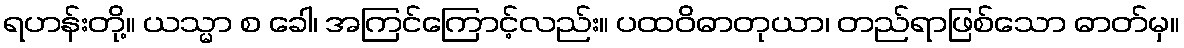
ရဟန်းတို့။ ယသ္မာ စ ခေါ၊ အကြင်ကြောင့်လည်း။ ပထဝိဓာတုယာ၊ တည်ရာဖြစ်သော ဓာတ်မှ။